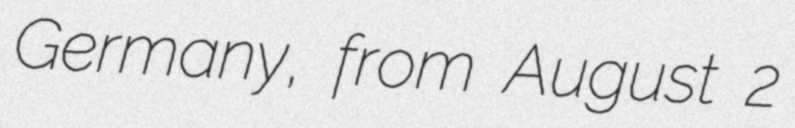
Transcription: Germany, from August 2